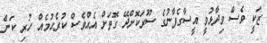
ޒަކީ ވެސް ވިދާޅުވީ އީސާގެފާނުގެ ސޫރަކޮށްދޭ ގޮތަށް އެއްވެސް ކުރެހުމެއް ހުރި ކަން